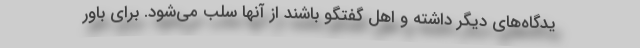
یدگاه‌های دیگر داشته و اهل گفتگو باشند از آنها سلب می‌شود. برای باور